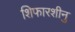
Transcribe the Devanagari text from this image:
शिफारशीनु